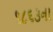
૧૮૬૩ના